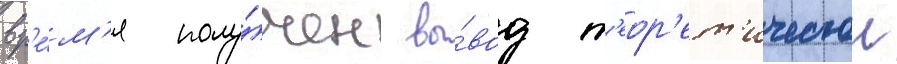
вр'е́м'я полу́чен вы́вод т'еор'ет'ическои